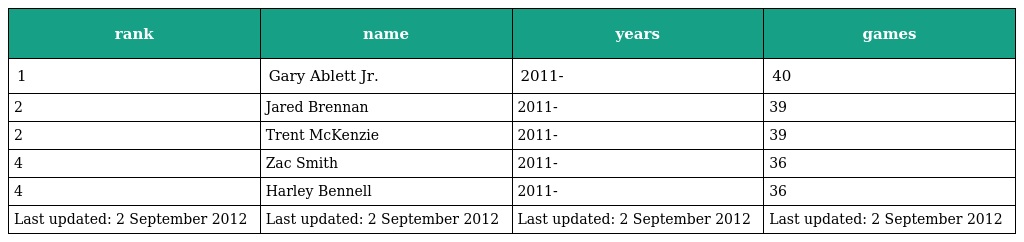
| rank | name | years | games |
 | --- | --- | --- | --- |
 | 1 | Gary Ablett Jr. | 2011- | 40 |
 | 2 | Jared Brennan | 2011- | 39 |
 | 2 | Trent McKenzie | 2011- | 39 |
 | 4 | Zac Smith | 2011- | 36 |
 | 4 | Harley Bennell | 2011- | 36 |
 | Last updated: 2 September 2012 | Last updated: 2 September 2012 | Last updated: 2 September 2012 | Last updated: 2 September 2012 |